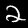
Label: 2